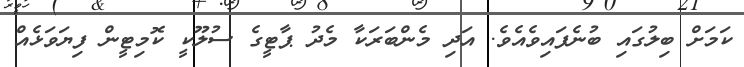
ކަމަށް ބިލުގައި ބުނެފައިވެއެވެ. އަދި މެންބަރަކާ މެދު ޕާޓީގެ ސުލޫކީ ކޮމިޓީން ފިޔަވަޅެއް